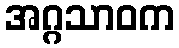
အဂ္ဂသာဝက